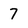
Character: 7